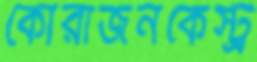
কোরাজনকেস্ট্র